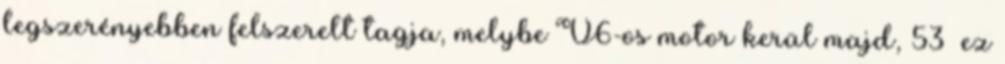
legszerényebben felszerelt tagja, melybe V6-os motor kerül majd, 53 ez